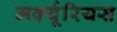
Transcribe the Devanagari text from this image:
मर्क्यूरियस